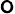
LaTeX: \mathsf{o}